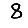
Digit: 8